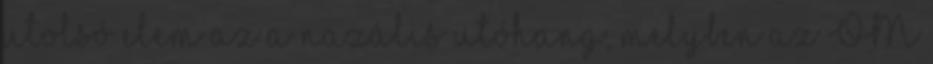
utolsó elem az a nazális utóhang, melyben az OM